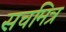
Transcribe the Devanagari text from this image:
सचमित्र